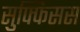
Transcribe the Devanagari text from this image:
सुफ्फिसस